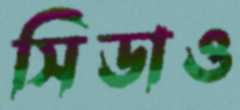
সিডাও